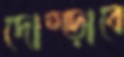
দোম্‌ড়াবে